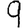
Digit: 9